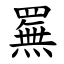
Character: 䍢